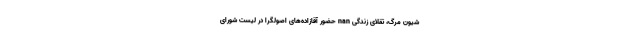
شیون مرگ، تقلای زندگی nan حضور آقازاده‌های اصولگرا در لیست شورای